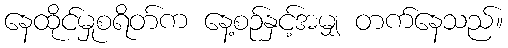
နေထိုင်မှုစရိတ်က နေ့စဉ်နှင့်အမျှ တက်နေသည်။